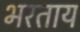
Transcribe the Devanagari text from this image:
भरताय